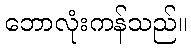
ဘောလုံးကန်သည်။